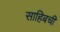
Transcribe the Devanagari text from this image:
साहिबची